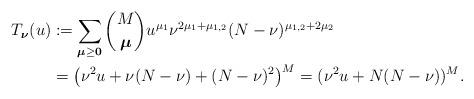
LaTeX: \begin{align*}T_{\boldsymbol\nu}(u)&:=\sum_{\boldsymbol\mu\ge\bold 0}\binom{M}{\boldsymbol\mu}u^{\mu_1}\nu^{2\mu_1+\mu_{1,2}}(N-\nu)^{\mu_{1,2}+2\mu_2}\\&=\bigl(\nu^2 u+\nu(N-\nu)+(N-\nu)^2\bigr)^M=(\nu^2u+N(N-\nu))^M.\end{align*}